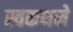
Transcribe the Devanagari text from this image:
स्वकथने